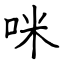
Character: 咪